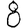
Digit: 8